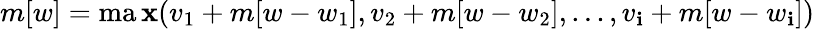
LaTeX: m[w]=\operatorname*{ma\mathbf{x}}(v_{1}+m[w-w_{1}],v_{2}+m[w-w_{2}],...,v_{\mathbf{i}}+m[w-w_{\mathbf{i}}])